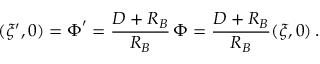
( \xi ^ { \prime } , 0 ) = \boldsymbol \Phi ^ { \prime } = { \frac { D + R _ { B } } { R _ { B } } } \, \boldsymbol \Phi = { \frac { D + R _ { B } } { R _ { B } } } ( \xi , 0 ) \, .